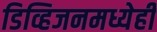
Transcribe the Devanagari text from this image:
डिव्हिजनमध्येही